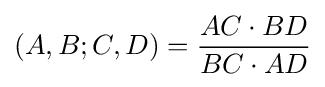
(A,B;C,D)={\frac {AC\cdot BD}{BC\cdot AD}}